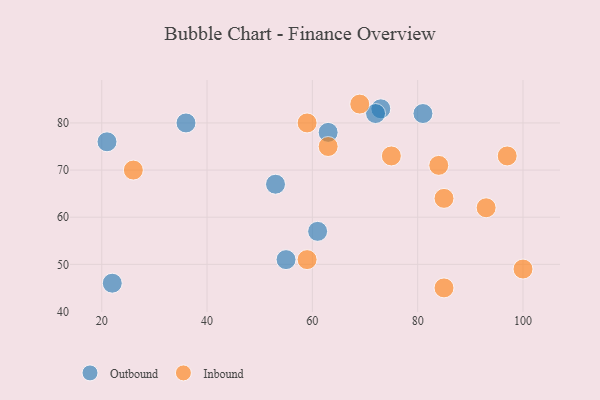
{"axis": {"x": "GDP", "y": "Life Expectancy"}, "legend": ["Inbound", "Outbound"], "data": [{"x": "81", "y": 82, "type": "Outbound"}, {"x": "73", "y": 83, "type": "Outbound"}, {"x": "55", "y": 51, "type": "Outbound"}, {"x": "22", "y": 46, "type": "Outbound"}, {"x": "36", "y": 80, "type": "Outbound"}, {"x": "53", "y": 67, "type": "Outbound"}, {"x": "61", "y": 57, "type": "Outbound"}, {"x": "21", "y": 76, "type": "Outbound"}, {"x": "63", "y": 78, "type": "Outbound"}, {"x": "72", "y": 82, "type": "Outbound"}, {"x": "93", "y": 62, "type": "Inbound"}, {"x": "100", "y": 49, "type": "Inbound"}, {"x": "69", "y": 84, "type": "Inbound"}, {"x": "97", "y": 73, "type": "Inbound"}, {"x": "75", "y": 73, "type": "Inbound"}, {"x": "85", "y": 45, "type": "Inbound"}, {"x": "26", "y": 70, "type": "Inbound"}, {"x": "59", "y": 51, "type": "Inbound"}, {"x": "63", "y": 75, "type": "Inbound"}, {"x": "85", "y": 64, "type": "Inbound"}, {"x": "84", "y": 71, "type": "Inbound"}, {"x": "59", "y": 80, "type": "Inbound"}]}